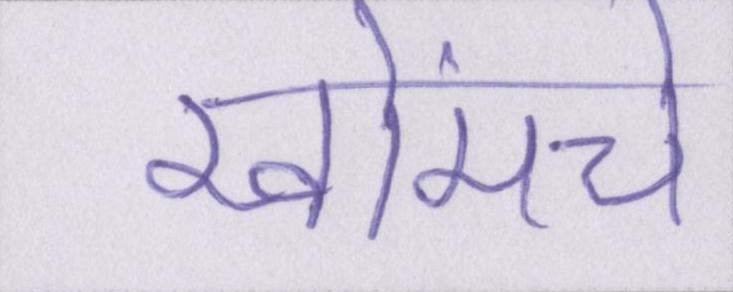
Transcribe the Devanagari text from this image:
खोंमचे